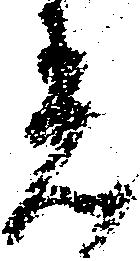
着